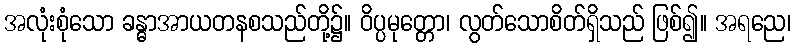
အလုံးစုံသော ခန္ဓာအာယတနစသည်တို့၌။ ဝိပ္ပမုတ္တော၊ လွတ်သောစိတ်ရှိသည် ဖြစ်၍။ အရညေ၊